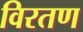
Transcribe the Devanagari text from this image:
विरतण